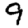
Digit: 9